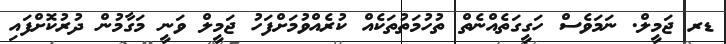
ޑރ ޖަމީލް. ނަމަވެސް ހަގީގަތެއްނެތް ތުހުމަތުތަކެއް ކުރެއްވުމަށްފަހު ޖަމީލް ވަނީ މަގާމުން ދުރުކޮށްފައި